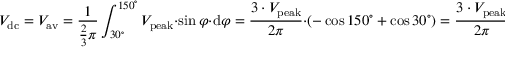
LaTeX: V _ { \mathrm { d c } } = V _ { \mathrm { a v } } = { \frac { 1 } { { \frac { 2 } { 3 } } \pi } } \int _ { 3 0 ^ { \circ } } ^ { 1 5 0 ^ { \circ } } V _ { \mathrm { p e a k } } \cdot \sin \varphi \cdot \mathrm { d } \varphi = { \frac { 3 \cdot V _ { \mathrm { p e a k } } } { 2 \pi } } \cdot \left( - \cos 1 5 0 ^ { \circ } + \cos 3 0 ^ { \circ } \right) = { \frac { 3 \cdot V _ { \mathrm { p e a k } } } { 2 \pi } } \cdot { \Biggl [ } - \left( - { \frac { \sqrt { 3 } } { 2 } } \right) + { \frac { \sqrt { 3 } } { 2 } } { \Biggl ] } = { \frac { 3 \cdot { \sqrt { 3 } } \cdot V _ { \mathrm { p e a k } } } { 2 \pi } }